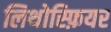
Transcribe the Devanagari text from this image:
लिथोस्फ़ियर